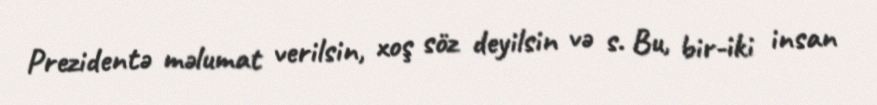
Prezidentə məlumat verilsin, xoş söz deyilsin və s. Bu, bir-iki insan